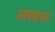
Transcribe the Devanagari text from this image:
लसारा